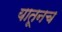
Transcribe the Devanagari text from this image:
यातूनच